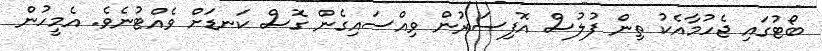
ބޯޓުގައި ޖެހުމާއެކު ތިން ފުލުސް އޮފިސަރުން ވިއްސައިގެން ގޮސް ކަނޑަށް ވެއްޓުނެވެ. އެމީހުން